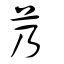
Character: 艿